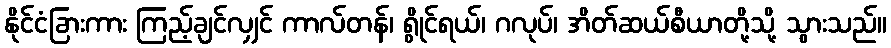
နိုင်ငံခြားကား ကြည့်ချင်လျှင် ကာလ်တန်၊ ရွိုင်ရယ်၊ ဂလုပ်၊ အိတ်ဆယ်စီယာတို့သို့ သွားသည်။